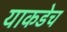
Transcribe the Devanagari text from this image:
याकडेच